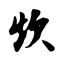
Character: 炊